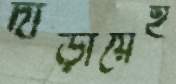
দাঁড়ায়েই